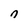
Character: n